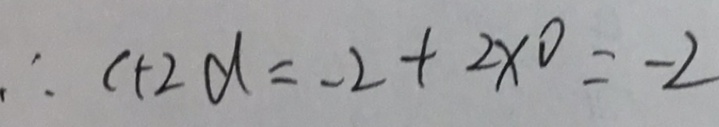
\therefore c + 2 d = - 2 + 2 \times 0 = - 2